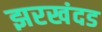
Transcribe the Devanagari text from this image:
झरखंदड